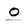
Character: O